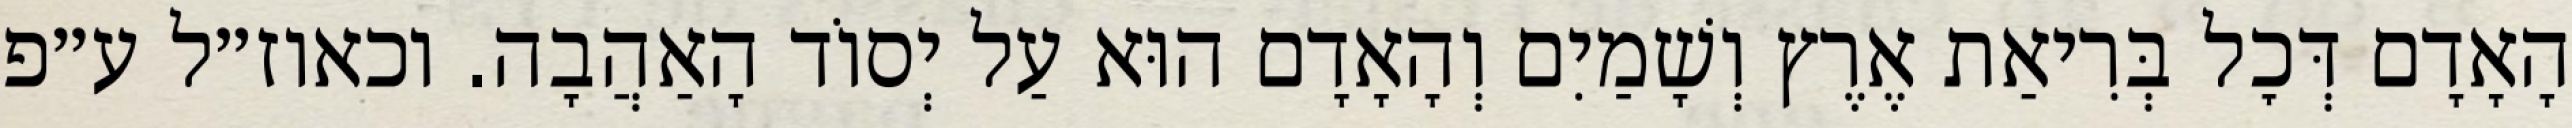
הָאָדָם דְּכׇל בְּרִיאַת אֶרֶץ וְשָׁמַיִם וְהָאָדָם הוּא עַל יְסוֹד הָאַהֲבָה. וכאוז״ל ע״פ